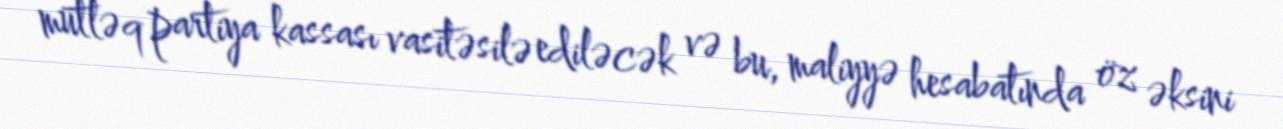
mütləq partiya kassası vasitəsilə ediləcək və bu, maliyyə hesabatında öz əksini